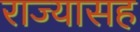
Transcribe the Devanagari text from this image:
राज्यासह